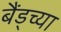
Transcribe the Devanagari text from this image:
बैंड्च्या